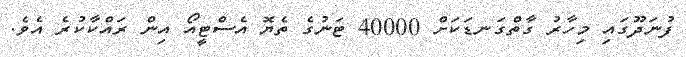
ފުނަދޫގައި މިހާރު ގާތްގަނޑަކަށް 40000 ޓަނުގެ ތެޔޮ އެސްޓީއޯ އިން ރައްކާކުރެ އެވެ.